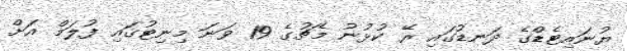
ޔުނައިޓެޑްގެ ދަނޑުގައި ރޭ ކުޅުނު މެޗުގެ 19 ވަނަ މިނިިޓުގައި ފުލަމް އަށް